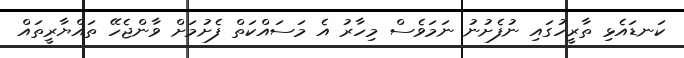
ކަނޑައެޅި ތާރީހުގައި ނުފެށުނު ނަމަވެސް މިހާރު އެ މަސައްކަތް ފެށުމަށް ވާންޖެހޭ ތައްޔާރީތައް